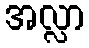
အလ္လာ